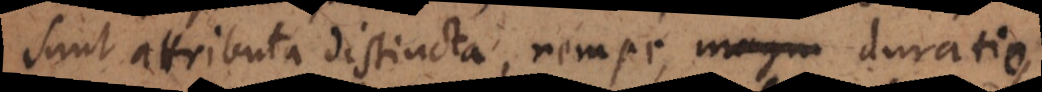
sunt attributa distincta, nempe magni duratio,